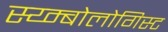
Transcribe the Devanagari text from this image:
स्य्म्बोलोगिस्ट